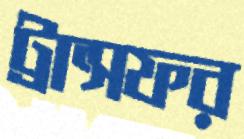
ট্রান্সফর